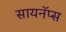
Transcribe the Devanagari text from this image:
सायनॅप्स